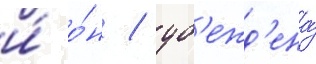
и́ о́н / уб'ежд'ена́